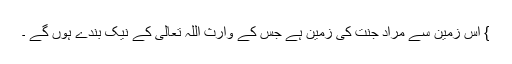
} اس زمین سے مراد جنت کی زمین ہے جس کے وارث اللہ تعالیٰ کے نیک بندے ہوں گے ۔